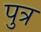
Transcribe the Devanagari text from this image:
पुत्र